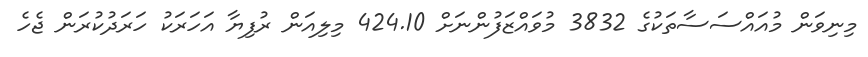
މިނިވަން މުއައްސަސާތަކުގެ 3832 މުވައްޒަފުންނަށް 424.10 މިލިއަން ރުފިޔާ އަހަރަކު ހަރަދުކުރަން ޖެހެ